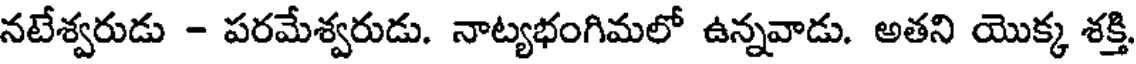
నటేశ్వరుడు - పరమేశ్వరుడు. నాట్యభంగిమలో ఉన్నవాడు. అతని యొక్క శక్తి